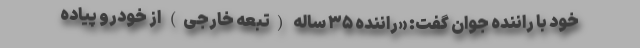
خود با راننده جوان گفت: «راننده ۳۵ ساله (تبعه خارجی) از خودرو پیاده